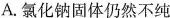
A.氯化钠固体仍然不纯